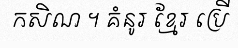
កសិណ ។ គំនូរ ខ្មែរ ប្រើ